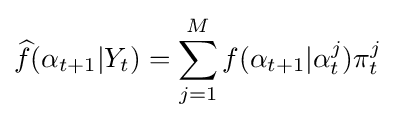
{\widehat {f}}(\alpha _{t+1}|Y_{t})=\sum _{j=1}^{M}f(\alpha _{t+1}|\alpha _{t}^{j})\pi _{t}^{j}